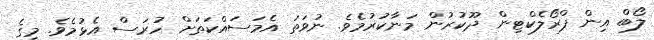
ލޯބް އިން ޕްރޯލެކްޓިން ދޫކުރުން މަނާކުރުމެވެ. ނުވަތަ އެމަސައްކަތަށް ހުރަސް އެޅުމެވެ. މީގެ